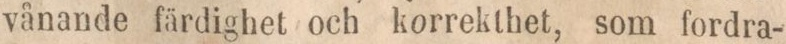
vånande färdighet och korrekthet, som fordra-